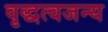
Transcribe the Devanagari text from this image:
वृद्धत्वजन्य